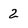
Character: 2